Calcutta medical institutions reports 1892-1900
Year: 1892
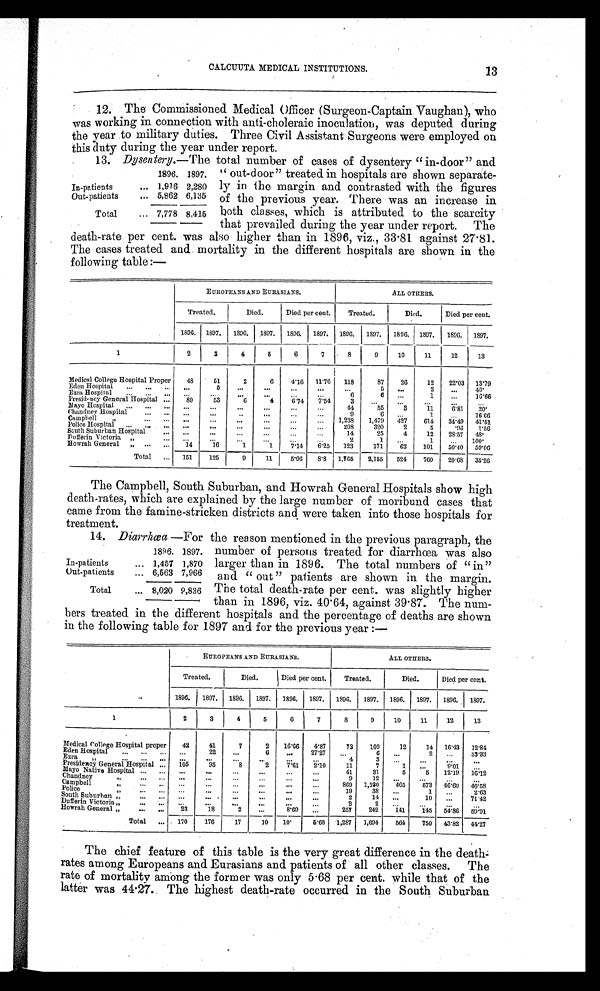
CALCUUTA MEDICAL INSTITUTIONS.
12. The Commissioned Medical Officer (Surgeon-Captain Vaughan), who
was working in connection with anti-choleraic inoculation, was deputed during
the year to military duties. Three Civil Assistant Surgeons were employed on
this duty during the year under report.
13. Dysentery.—The total number of cases of dysentery "in-door" and
13
1896. 1897.
In-patients
... 1,916 2,280
Out-patients
... 5,862 6,135
Total
... 7,778 8,415
"out-door" treated in hospitals are shown separate-
ly in the margin and contrasted with the figures
of the previous year. There was an increase in
both classes, which is attributed to the scarcity
that prevailed during the year under report. The
death-rate per cent. was also higher than in 1896, viz., 33.81 against 27.81.
The cases treated and mortality in the different hospitals are shown in the
following table:—
EUROPEANS AND EURASIANS.
ALL OTHERS.
Treated.
Died.
Died per cent.
Treated.
Died.
Died per cent.
1896. 1897. 1896. 1897. 1896. 1897. 1896. 1897. 1896. 1897. 1896. 1897.
1
2
3
4
5
6
7
8
9
10
11
12
13
Medical College Hospital Proper
48
51
2
6
4.16 11.76 118
87
26
12 22.03 13.79
Eden Hospital ... ... ...
. . .
5
...
...
... ...
. . .
5 ...
2
...
40.
Ezra Hospital ...
. . .
. . .
. . .
. . .
. . .
...
... ...
6
6
. . .
1
... 16.66
Presidency General Hospital ...
89
53
6
4
6.74 7.54
3
. . . ...
...
...
...
Mayo Hospital ... . . . ... ...
. . .
. . .
. . .
...
...
44
55
3
11
6.81
20.
Chandney Hospital
... ...
. . .
...
. . . ...
...
...
9
6 ...
1
...
16.66
Campbell ,,
... ... ...
. . .
. . .
...
... ...
1,238 1,479 427
614 34.49 41.51
Police Hospital
. . .
. . . . . . . . .
...
...
...
...
...
208
390
2
5
.96 1.56
South Suburban Hospital
... ...
...
. . . ...
... ...
14
25
4
12 28.57 48.
Dufferin Victoria „
... ...
...
...
...
...
...
2
1 ...
1
...
100.
Howrah General ,,
. . . . . . 14
16
1
1
7.14 6.25 123
171
62
101
50.40 59.06
Total ... 151
125
9
11
5.96 8.8 1,765 2,155 524
760 29.68 35.26
The Campbell, South Suburban, and Howrah General Hospitals show high
death-rates, which are explained by the large number of moribund cases that
came from the famine-stricken districts and were taken into those hospitals for
treatment.
14. Diarrhœa—For the reason mentioned in the previous paragraph, the
number of persons treated for diarrhœa was also
larger than in 1896. The total numbers of "in"
and "out" patients are shown in the margin.
The total death-rate per cent. was slightly higher
than in 1896, viz. 40.64, against 39.87. The num-
bers treated in the different hospitals and the percentage of deaths are shown
in the following table for 1897 and for the previous year:—
EUROPEANS AND EURASIANS.
ALL OTHERS.
Treated.
Died.
Died per cent.
Treated.
Died.
Died per cent.
1896. 1897. 1896. 1897. 1896. 1897. 1896. 1897. 1896. 1897. 1896. 1897.
1
2
3
4
5
6
7
8
9
10
11
12
13
Medical College Hospital proper
42
41
7
2 16.66 4.87
73
109
12
14 16.43 12.84
Eden Hospital ... ... ... ...
22
...
6 ...
27.27 ...
6 ... 2
...
33. 33
Ezra ,,
...
. . .
. . . ...
. . . ...
...
. . .
...
4
3
... ...
...
...
Presidency General Hospital ... 105
9 5 8
2
7.61 2.10
11
7
1 ...
9.01 ...
Mayo Native Hospital ... ...
. . .
...
...
...
...
...
41
31
5
5 12.19 16.12
Chandney ,,
... ...
. . . ...
...
... ...
...
9
12 ...
...
...
...
Campbell ,,
. . .
. . . ...
...
...
. . . ...
...
869 1,230 405
573 46.60 46.58
Police ,,
... ... ...
...
...
...
...
...
19
38 ...
1 ...
2.63
South Suburban, ,
... ... ...
...
. . . ...
...
. . .
2
14 ...
10 ...
71.42
D u f f e r i n V i c t o r i a , ,
...
. . . ...
...
...
. . . . . .
...
2
2 ...
...
...
...
Howrah General „
... ...
23
18
2
...
8.69 ...
257
242
141
145 54.86 59.91
Total
. . . 170
176
17
10 10.
5.68 1,287 1,694
564
750 43.82 44.27
The chief feature of this table is the very great difference in the death-
rates among Europeans and Eurasians and patients of all other classes. The
rate of mortality among the former was only 5.68 per cent. while that of the
latter was 44.27. The highest death-rate occurred in the South Suburban
1896. 1897.
In-patients
... 1,457 1,870
Out-patients
... 6,563 7,966
Total
... 8,020 9,836